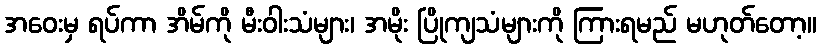
အဝေးမှ ရပ်ကာ အိမ်ကို မီးဝါးသံများ၊ အမိုး ပြိုကျသံများကို ကြားရမည် မဟုတ်တော့။